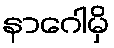
နာဂေါမှိ